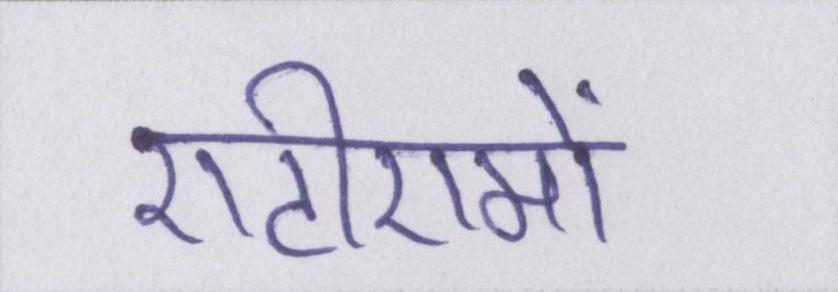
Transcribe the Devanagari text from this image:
एटीएमों